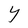
Character: Y